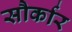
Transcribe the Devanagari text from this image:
सौर्कार